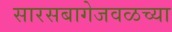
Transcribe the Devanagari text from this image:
सारसबागेजवळच्या